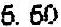
6.60